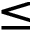
\le